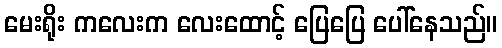
မေးရိုး ကလေးက လေးထောင့် ပြေပြေ ပေါ်နေသည်။